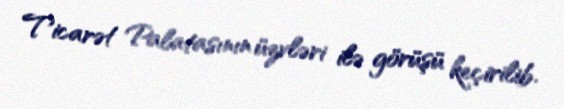
Ticarət Palatasının üzvləri ilə görüşü keçirilib.